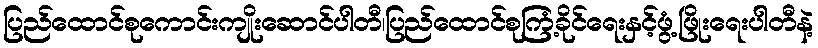
ပြည်ထောင်စုကောင်းကျိုးဆောင်ပါတီ၊ပြည်ထောင်စုကြံ့ခိုင်ရေးနှင့်ဖွံ့ဖြိုးရေးပါတီနဲ့